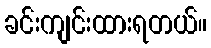
ခင်းကျင်းထားရတယ်။